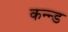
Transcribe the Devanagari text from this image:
कन्न्ड